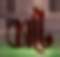
ব্যাটে